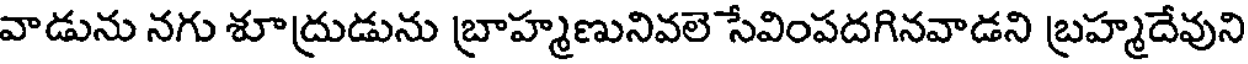
వాడును నగు శూద్రుడును బ్రాహ్మణునివలె సేవింపదగినవాడని బ్రహ్మదేవుని